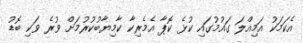
އެކަމަކު އަމިއްލަ ގައުމުގައި ކުޅެ ކޮޕާ އެމެރިކާ ކާމިޔާބުކުރުމަށް ވުރެ ވަކި ބޮޑު